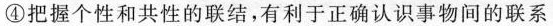
④把握个性和共性的联结，有利于正确认识事物间的联系